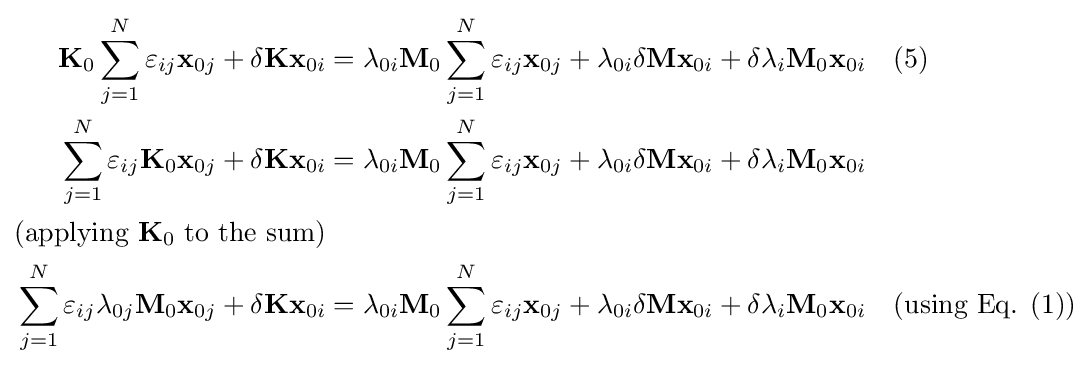
{\begin{aligned}\mathbf {K} _{0}\sum _{j=1}^{N}\varepsilon _{ij}\mathbf {x} _{0j}+\delta \mathbf {K} \mathbf {x} _{0i}&=\lambda _{0i}\mathbf {M} _{0}\sum _{j=1}^{N}\varepsilon _{ij}\mathbf {x} _{0j}+\lambda _{0i}\delta \mathbf {M} \mathbf {x} _{0i}+\delta \lambda _{i}\mathbf {M} _{0}\mathbf {x} _{0i}&&(5)\\\sum _{j=1}^{N}\varepsilon _{ij}\mathbf {K} _{0}\mathbf {x} _{0j}+\delta \mathbf {K} \mathbf {x} _{0i}&=\lambda _{0i}\mathbf {M} _{0}\sum _{j=1}^{N}\varepsilon _{ij}\mathbf {x} _{0j}+\lambda _{0i}\delta \mathbf {M} \mathbf {x} _{0i}+\delta \lambda _{i}\mathbf {M} _{0}\mathbf {x} _{0i}&&\\({\text{applying }}\mathbf {K} _{0}{\text{ to the sum}})\\\sum _{j=1}^{N}\varepsilon _{ij}\lambda _{0j}\mathbf {M} _{0}\mathbf {x} _{0j}+\delta \mathbf {K} \mathbf {x} _{0i}&=\lambda _{0i}\mathbf {M} _{0}\sum _{j=1}^{N}\varepsilon _{ij}\mathbf {x} _{0j}+\lambda _{0i}\delta \mathbf {M} \mathbf {x} _{0i}+\delta \lambda _{i}\mathbf {M} _{0}\mathbf {x} _{0i}&&({\text{using Eq. }}(1))\end{aligned}}